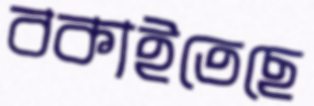
বকাইতেছে